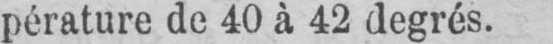
pérature de 40 à 42 degrés.